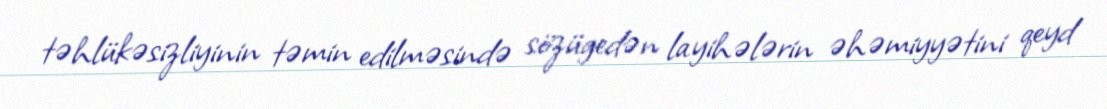
təhlükəsizliyinin təmin edilməsində sözügedən layihələrin əhəmiyyətini qeyd